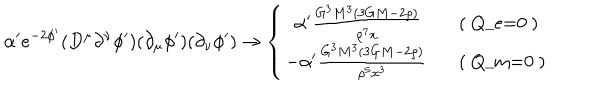
LaTeX: \alpha ^ { \prime } e ^ { - 2 \phi ^ { \prime } } ( D ^ { \mu } \partial ^ { \nu } \phi ^ { \prime } ) ( \partial _ { \mu } \phi ^ { \prime } ) ( \partial _ { \nu } \phi ^ { \prime } ) \rightarrow \left\{ \left\{ \begin{cases} { { ~ ~ \alpha ^ { \prime } \frac { G ^ { 3 } M ^ { 3 } ( 3 G M - 2 \rho ) } { \rho ^ { 7 } x } } } & { { ( Q _ { e } = 0 ) } } \\ { { - \alpha ^ { \prime } \frac { G ^ { 3 } M ^ { 3 } ( 3 G M - 2 \rho ) } { \rho ^ { 5 } x ^ { 3 } } } } & { { ( Q _ { m } = 0 ) } } \\ \end{cases} \right. \right.